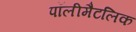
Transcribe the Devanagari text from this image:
पॉलीमैटलिक